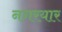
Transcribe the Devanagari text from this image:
नगरयार